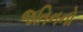
જતિનનો